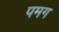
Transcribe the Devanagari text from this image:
पमग